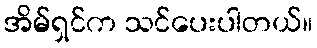
အိမ်ရှင်က သင်ပေးပါတယ်။